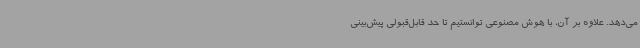
می‌دهد. علاوه بر آن، با هوش مصنوعی توانستیم تا حد قابل‌قبولی پیش‌بینی